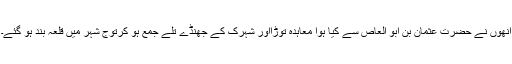
انھوں نے حضرت عثمان بن ابو العاص سے کیا ہوا معاہدہ توڑااور شہرک کے جھنڈے تلے جمع ہو کرتوّج شہر میں قلعہ بند ہو گئے۔